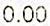
0.00